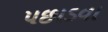
પછાડવા